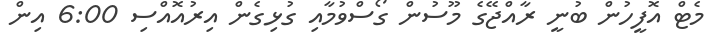
މެޓް އޮފީހުން ބުނީ ރާއްޖޭގެ މޫސުން ގޯސްވުމާއި ގުޅިގެން އިރުއޮއްސި 6:00 އިން